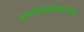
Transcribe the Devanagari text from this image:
आरिस्तोफ़ानिज़